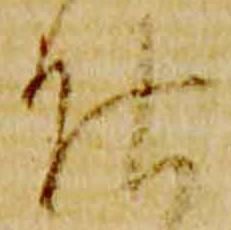
仕